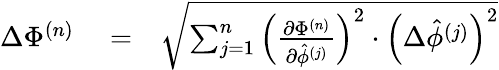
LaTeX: \begin{array}{rlr}{\Delta\Phi^{(n)}}&{{}=}&{\sqrt{\sum_{j=1}^{n}\left(\frac{\partial\Phi^{(n)}}{\partial\hat{\phi}^{(j)}}\right)^{2}\cdot\left(\Delta\hat{\phi}^{(j)}\right)^{2}}}\end{array}